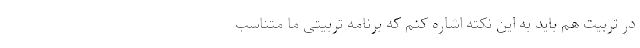
در تربیت هم باید به این نکته اشاره کنم که برنامه تربیتی ما متناسب